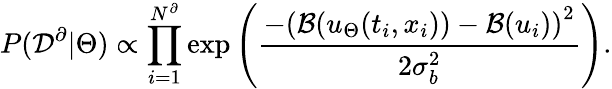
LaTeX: P(\mathcal{D}^{\partial}|\Theta)\propto\prod_{i=1}^{N^{\partial}}\mathrm{exp}\left(\frac{-\left(\mathcal{B}(u_{\Theta}(t_{i},x_{i}))-\mathcal{B}(u_{i})\right)^{2}}{2\sigma_{b}^{2}}\right).